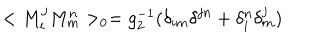
< M _ { i } ^ { j } M _ { m } ^ { n } > _ { 0 } = g _ { 2 } ^ { - 1 } ( \delta _ { i m } \delta ^ { j n } + \delta _ { i } ^ { n } \delta _ { m } ^ { j } )